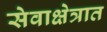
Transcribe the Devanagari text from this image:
सेवाक्षेत्रात